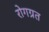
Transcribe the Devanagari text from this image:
रोगग्रत